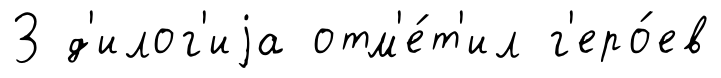
З д'илог'иjа отм'е́т'ил г'еро́ев